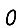
Digit: 0